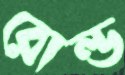
রোল্ড